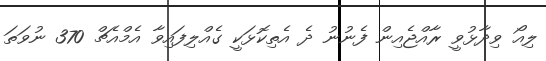
ލިއޯ ވިދާޅުވީ ރާއްޖެއިން ފެނުނު ދެ އެތިކޮޅަކީ ގެއްލިފައިވާ އެމްއެޗް 370 ނުވަތަ